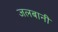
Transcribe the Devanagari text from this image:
जलबानी